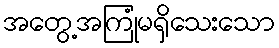
အတွေ့အကြုံမရှိသေးသော